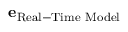
\mathbf { e } _ { \mathrm { R e a l - T i m e \ M o d e l } }